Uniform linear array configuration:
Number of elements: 64
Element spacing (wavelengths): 0.75
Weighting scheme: blackman
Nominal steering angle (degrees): -60
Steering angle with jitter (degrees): -58.546
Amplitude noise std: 0.05
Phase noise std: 0.05

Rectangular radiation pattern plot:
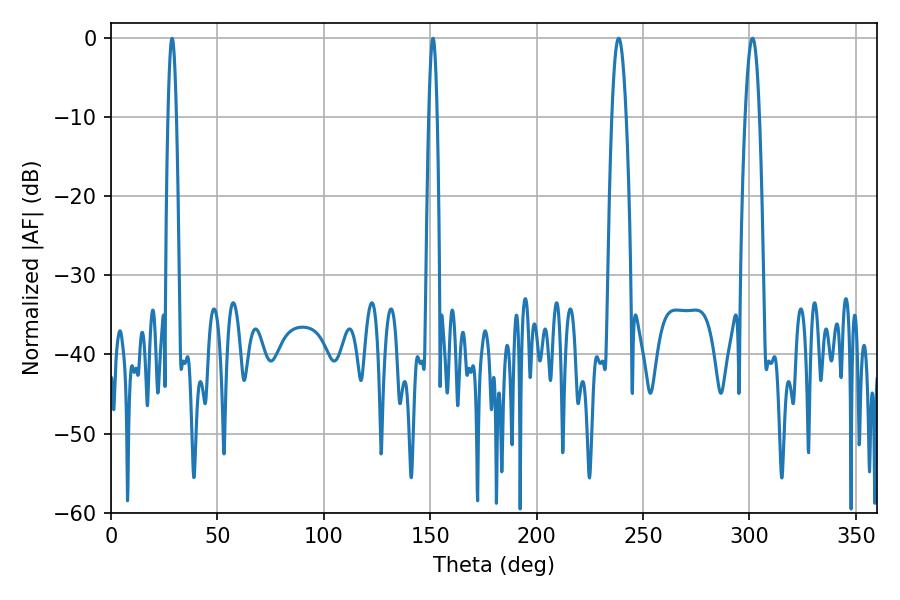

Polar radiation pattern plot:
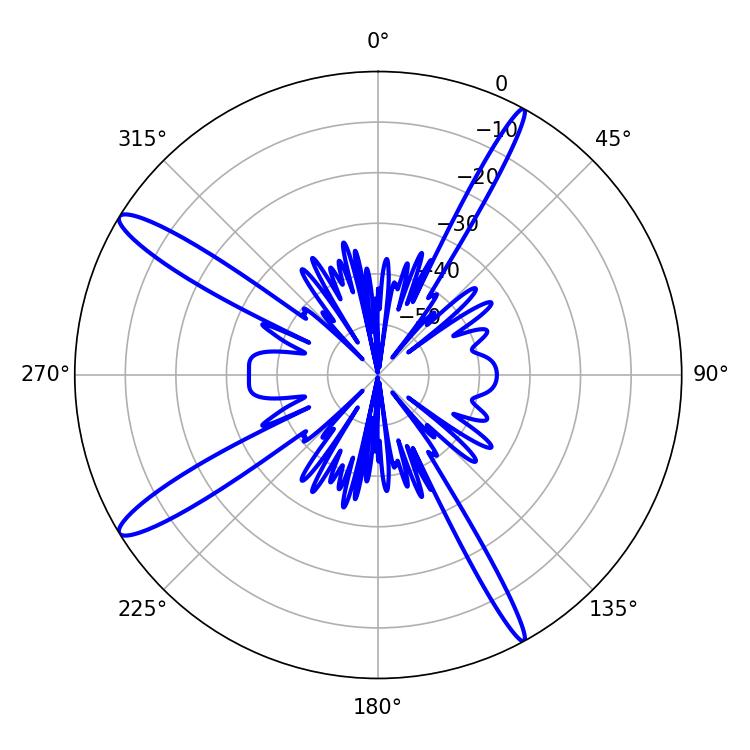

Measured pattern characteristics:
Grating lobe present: TRUE
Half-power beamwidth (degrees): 3.78
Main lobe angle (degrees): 238.5